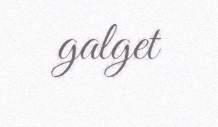
galget